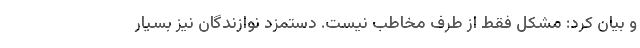
و بیان کرد: مشکل فقط از طرف مخاطب نیست. دستمزد نوازندگان نیز بسیار